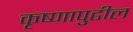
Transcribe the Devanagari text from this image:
कृष्णापुढील